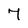
Character: 7